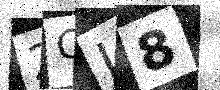
Text: 2OI8